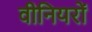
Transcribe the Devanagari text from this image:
वीनियरों